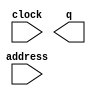
// This program was cloned from: https://github.com/cxdzyq1110/posture_recognition_CNN
// License: GNU General Public License v3.0

// megafunction wizard: %ROM: 1-PORT%VBB%
// GENERATION: STANDARD
// VERSION: WM1.0
// MODULE: altsyncram 

// ============================================================
// Megafunction Name(s):
// 			altsyncram
//
// Simulation Library Files(s):
// 			altera_mf
// ============================================================
// ************************************************************
// THIS IS A WIZARD-GENERATED FILE. DO NOT EDIT THIS FILE!
//
// 14.0.0 Build 200 06/17/2014 SJ Full Version
// ************************************************************

//Copyright (C) 1991-2014 Altera Corporation. All rights reserved.
//Your use of Altera Corporation's design tools, logic functions 
//and other software and tools, and its AMPP partner logic 
//functions, and any output files from any of the foregoing 
//(including device programming or simulation files), and any 
//associated documentation or information are expressly subject 
//to the terms and conditions of the Altera Program License 
//Subscription Agreement, the Altera Quartus II License Agreement,
//the Altera MegaCore Function License Agreement, or other 
//applicable license agreement, including, without limitation, 
//that your use is for the sole purpose of programming logic 
//devices manufactured by Altera and sold by Altera or its 
//authorized distributors.  Please refer to the applicable 
//agreement for further details.

module word_display_rom (
	address,
	clock,
	q);

	input	[16:0]  address;
	input	  clock;
	output	[0:0]  q;
`ifndef ALTERA_RESERVED_QIS
// synopsys translate_off
`endif
	tri1	  clock;
`ifndef ALTERA_RESERVED_QIS
// synopsys translate_on
`endif

endmodule

// ============================================================
// CNX file retrieval info
// ============================================================
// Retrieval info: PRIVATE: ADDRESSSTALL_A NUMERIC "0"
// Retrieval info: PRIVATE: AclrAddr NUMERIC "0"
// Retrieval info: PRIVATE: AclrByte NUMERIC "0"
// Retrieval info: PRIVATE: AclrOutput NUMERIC "0"
// Retrieval info: PRIVATE: BYTE_ENABLE NUMERIC "0"
// Retrieval info: PRIVATE: BYTE_SIZE NUMERIC "8"
// Retrieval info: PRIVATE: BlankMemory NUMERIC "0"
// Retrieval info: PRIVATE: CLOCK_ENABLE_INPUT_A NUMERIC "0"
// Retrieval info: PRIVATE: CLOCK_ENABLE_OUTPUT_A NUMERIC "0"
// Retrieval info: PRIVATE: Clken NUMERIC "0"
// Retrieval info: PRIVATE: IMPLEMENT_IN_LES NUMERIC "0"
// Retrieval info: PRIVATE: INIT_FILE_LAYOUT STRING "PORT_A"
// Retrieval info: PRIVATE: INIT_TO_SIM_X NUMERIC "0"
// Retrieval info: PRIVATE: INTENDED_DEVICE_FAMILY STRING "Cyclone V"
// Retrieval info: PRIVATE: JTAG_ENABLED NUMERIC "0"
// Retrieval info: PRIVATE: JTAG_ID STRING "NONE"
// Retrieval info: PRIVATE: MAXIMUM_DEPTH NUMERIC "0"
// Retrieval info: PRIVATE: MIFfilename STRING "../04_scripts/word_diplay.mif"
// Retrieval info: PRIVATE: NUMWORDS_A NUMERIC "131072"
// Retrieval info: PRIVATE: RAM_BLOCK_TYPE NUMERIC "0"
// Retrieval info: PRIVATE: RegAddr NUMERIC "1"
// Retrieval info: PRIVATE: RegOutput NUMERIC "1"
// Retrieval info: PRIVATE: SYNTH_WRAPPER_GEN_POSTFIX STRING "0"
// Retrieval info: PRIVATE: SingleClock NUMERIC "1"
// Retrieval info: PRIVATE: UseDQRAM NUMERIC "0"
// Retrieval info: PRIVATE: WidthAddr NUMERIC "17"
// Retrieval info: PRIVATE: WidthData NUMERIC "1"
// Retrieval info: PRIVATE: rden NUMERIC "0"
// Retrieval info: LIBRARY: altera_mf altera_mf.altera_mf_components.all
// Retrieval info: CONSTANT: ADDRESS_ACLR_A STRING "NONE"
// Retrieval info: CONSTANT: CLOCK_ENABLE_INPUT_A STRING "BYPASS"
// Retrieval info: CONSTANT: CLOCK_ENABLE_OUTPUT_A STRING "BYPASS"
// Retrieval info: CONSTANT: INIT_FILE STRING "../04_scripts/word_diplay.mif"
// Retrieval info: CONSTANT: INTENDED_DEVICE_FAMILY STRING "Cyclone V"
// Retrieval info: CONSTANT: LPM_HINT STRING "ENABLE_RUNTIME_MOD=NO"
// Retrieval info: CONSTANT: LPM_TYPE STRING "altsyncram"
// Retrieval info: CONSTANT: NUMWORDS_A NUMERIC "131072"
// Retrieval info: CONSTANT: OPERATION_MODE STRING "ROM"
// Retrieval info: CONSTANT: OUTDATA_ACLR_A STRING "NONE"
// Retrieval info: CONSTANT: OUTDATA_REG_A STRING "CLOCK0"
// Retrieval info: CONSTANT: WIDTHAD_A NUMERIC "17"
// Retrieval info: CONSTANT: WIDTH_A NUMERIC "1"
// Retrieval info: CONSTANT: WIDTH_BYTEENA_A NUMERIC "1"
// Retrieval info: USED_PORT: address 0 0 17 0 INPUT NODEFVAL "address[16..0]"
// Retrieval info: USED_PORT: clock 0 0 0 0 INPUT VCC "clock"
// Retrieval info: USED_PORT: q 0 0 1 0 OUTPUT NODEFVAL "q[0..0]"
// Retrieval info: CONNECT: @address_a 0 0 17 0 address 0 0 17 0
// Retrieval info: CONNECT: @clock0 0 0 0 0 clock 0 0 0 0
// Retrieval info: CONNECT: q 0 0 1 0 @q_a 0 0 1 0
// Retrieval info: GEN_FILE: TYPE_NORMAL word_display_rom.v TRUE
// Retrieval info: GEN_FILE: TYPE_NORMAL word_display_rom.inc FALSE
// Retrieval info: GEN_FILE: TYPE_NORMAL word_display_rom.cmp FALSE
// Retrieval info: GEN_FILE: TYPE_NORMAL word_display_rom.bsf FALSE
// Retrieval info: GEN_FILE: TYPE_NORMAL word_display_rom_inst.v FALSE
// Retrieval info: GEN_FILE: TYPE_NORMAL word_display_rom_bb.v TRUE
// Retrieval info: LIB_FILE: altera_mf